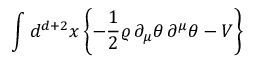
\int d ^ { d + 2 } x \left\{ - \frac { 1 } { 2 } \varrho \, \partial _ { \mu } \theta \, \partial ^ { \mu } \theta - V \right\}